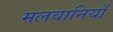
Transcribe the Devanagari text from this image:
मलवानियाँ